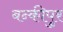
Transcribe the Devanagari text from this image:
बन्कीपुर